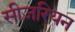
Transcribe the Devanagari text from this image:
सीज़रियन